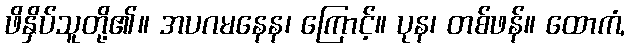
ဖိနှိပ်သူတို့၏။ အပဂမနေန၊ ကြောင့်။ ပုန၊ တစ်ဖန်။ ထောကံ,